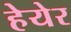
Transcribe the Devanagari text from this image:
हेयेर